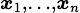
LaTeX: \scriptstyle{\boldsymbol{x}}_{1},\dotsc,{\boldsymbol{x}}_{n}